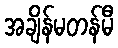
အချိန်မတန်မီ